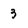
Character: 3